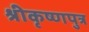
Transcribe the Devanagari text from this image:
श्रीकृष्णपुत्र